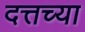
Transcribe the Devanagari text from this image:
दत्तच्या